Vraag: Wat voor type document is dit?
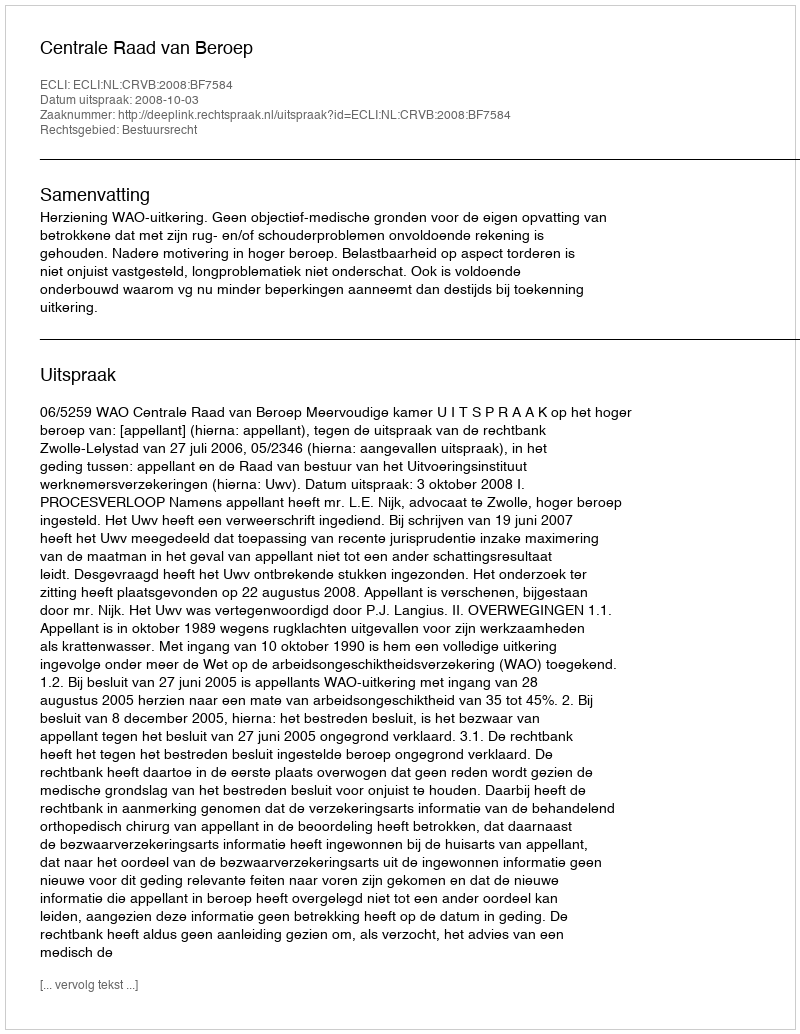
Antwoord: Uitspraak